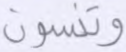
وتنسون